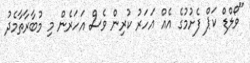
"ވޯލްޑް ކަޕް ފެށުމުގެ އެއް އަހަރު ކުރިން ވެސް އަހަރެން މި މުބާރާތާމެދު